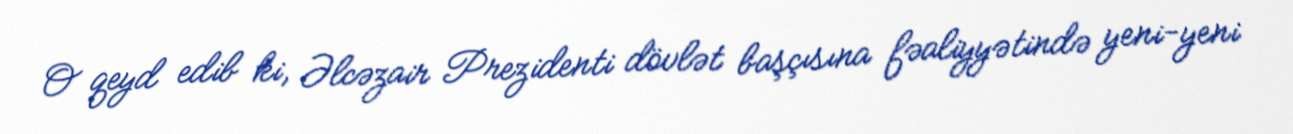
O qeyd edib ki, Əlcəzair Prezidenti dövlət başçısına fəaliyyətində yeni-yeni